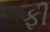
ફી